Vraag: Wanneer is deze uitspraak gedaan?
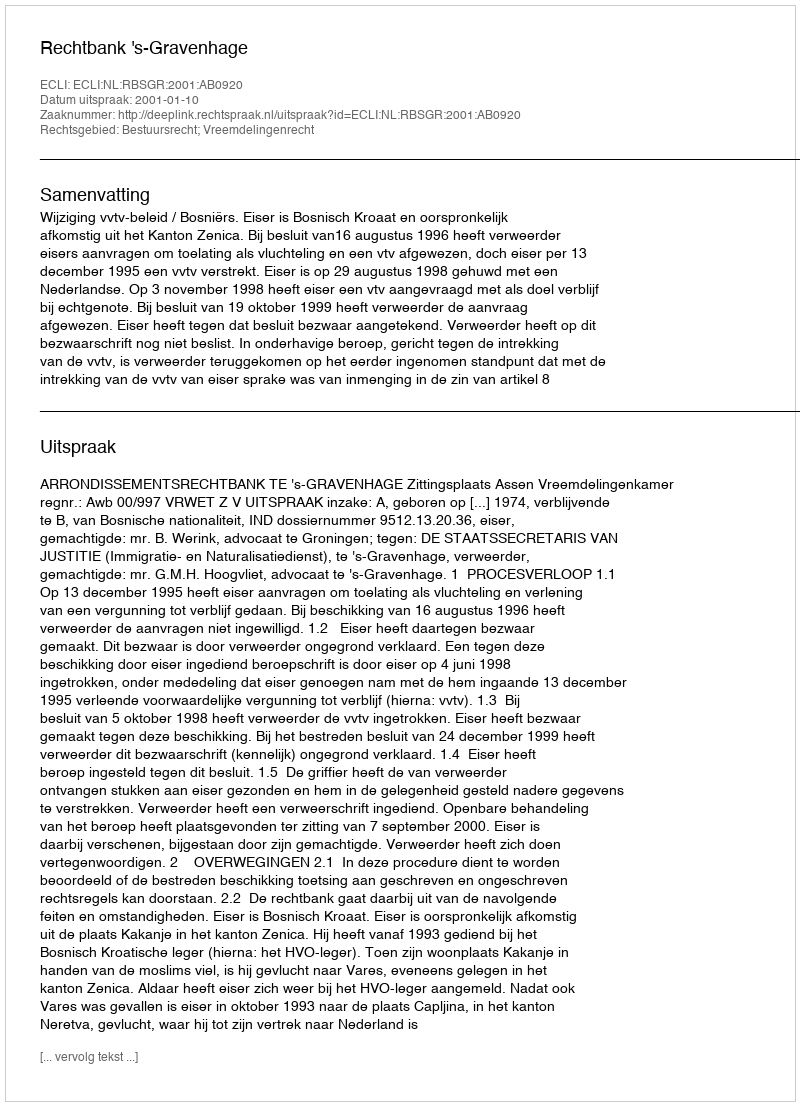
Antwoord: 2001-01-10